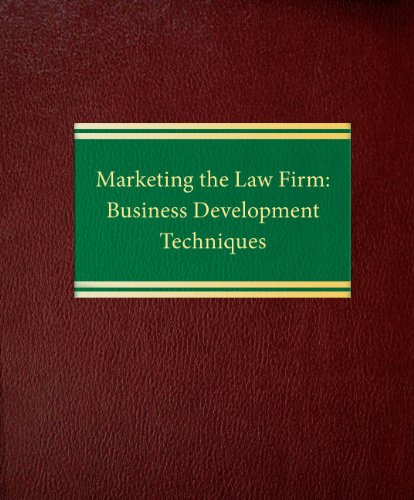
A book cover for Marketing the Law Firm: Business Development Techniques (Law Office Management Series); Sally J. Schmidt; Law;